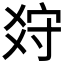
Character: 𤕠